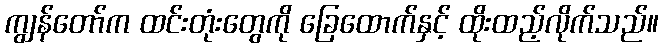
ကျွန်တော်က ထင်းတုံးတွေကို ခြေထောက်နှင့် ထိုးထည့်လိုက်သည်။